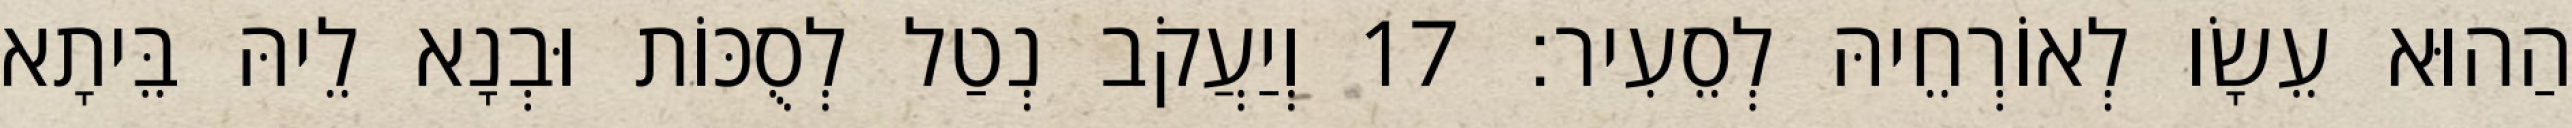
הַהוּא עֵשָׂו לְאוֹרְחֵיהּ לְסֵעִיר׃ 17 וְיַעֲקֹב נְטַל לְסֻכּוֹת וּבְנָא לֵיהּ בֵּיתָא